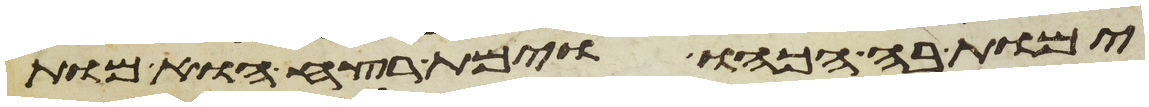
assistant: ימות בה הכהו וימת רצח הוא מות